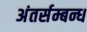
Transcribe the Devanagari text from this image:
अंतर्सम्बन्ध